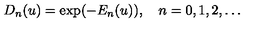
D _ { n } ( u ) = \exp ( - E _ { n } ( u ) ) , \quad n = 0 , 1 , 2 , \ldots